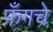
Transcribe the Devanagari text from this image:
फँगचे